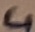
Text: 4